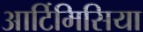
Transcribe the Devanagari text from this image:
आर्टिमिसिया